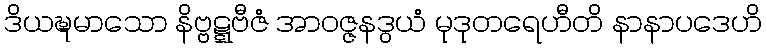
ဒိယဍ္ဎမာသော နိဗ္ဗဋ္ဋဗီဇံ အာဝဇ္ဇနဒွယံ မုဒုတရေဟီတိ နာနာပဒေဟိ